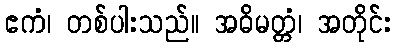
ဧကံ၊ တစ်ပါးသည်။ အဓိမတ္တံ၊ အတိုင်း